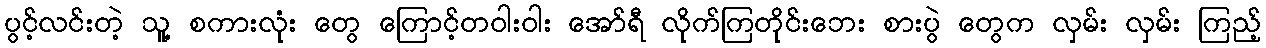
ပွင့်လင်းတဲ့ သူ့ စကားလုံး တွေ ကြောင့်တဝါးဝါး အော်ရီ လိုက်ကြတိုင်းဘေး စားပွဲ တွေက လှမ်း လှမ်း ကြည့်